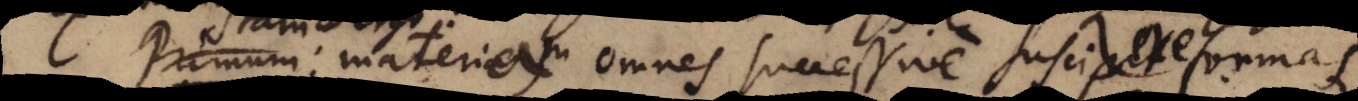
ergo: materiam omnes successive suscipere formas